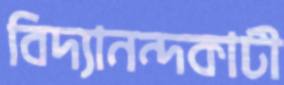
বিদ্যানন্দকাটী